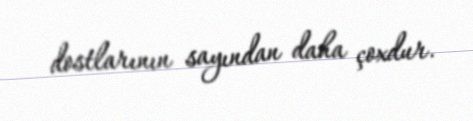
dostlarının sayından daha çoxdur.